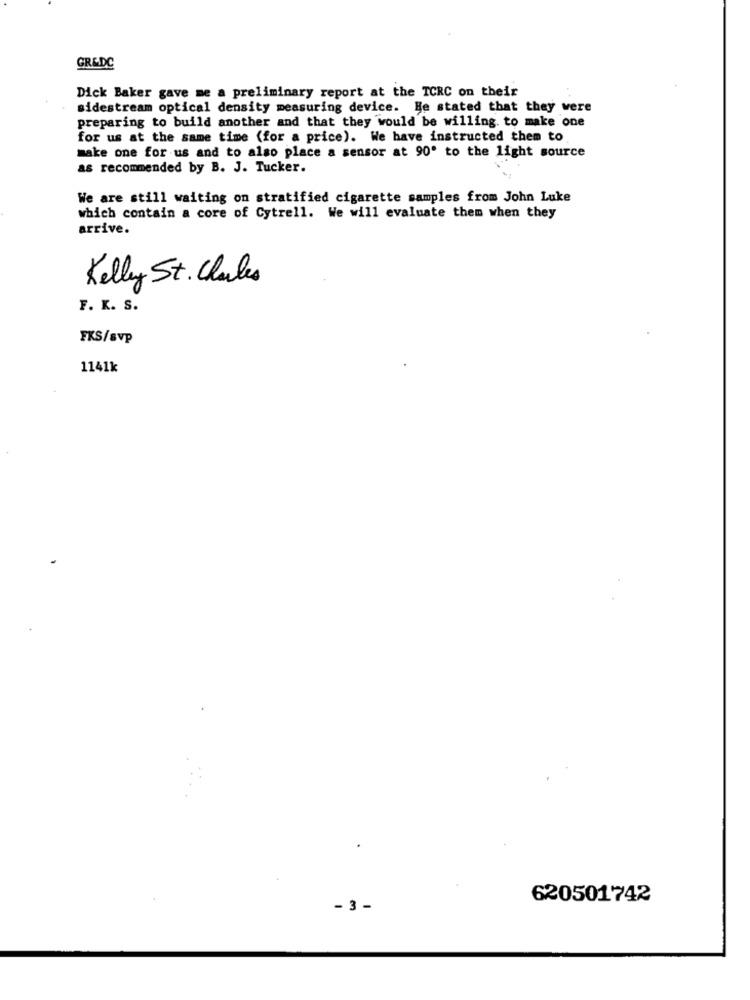
GR&DC
Dick Baker gave me a preliminary report at the TCRC on their
sidestream optical density measuring device. He stated that they were
preparing to build another and that they would be willing to make one
for us at the same time (for a price). We have instructed them to
make one for us and to also place a sensor at 90' to the light source
as recommended by B. J. Tucker.
We are still waiting on stratified cigarette samples from John Luke
which contain a core of Cytrell. We will evaluate them when they
arrive.
Kelly St. Charles
F. K. S.
FKS/svp
1141k
620501742
- 3 -